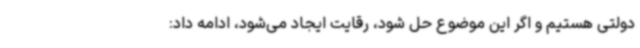
دولتی هستیم و اگر این موضوع حل شود، رقایت ایجاد می‌شود، ادامه داد: